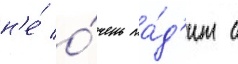
н'е́ о́чень ла́д'ит с